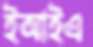
ইআইএ